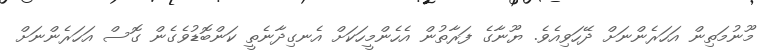
މޫނުމަތިން އަހަރެންނަށް ދޭހަވިއެވެ. ޔޫނާގެ ފަރާތުން އެހެންމީހަކަށް އެނގިދާނެތީ ކަންބޮޑުވެގެން ގޮސް އަހަރެންނަށް